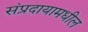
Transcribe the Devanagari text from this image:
संप्रदायामधील